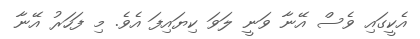
އެކީގައި ވެސް އޭނާ ވަނީ ލަވަ ކިޔައިފަ އެވެ. މި ފަހަރު އޭނާ